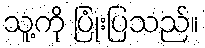
သူ့ကို ပြုံးပြသည်။